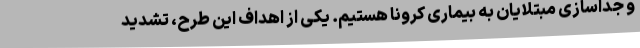
و جداسازی مبتلایان به بیماری کرونا هستیم. یکی از اهداف این طرح، تشدید